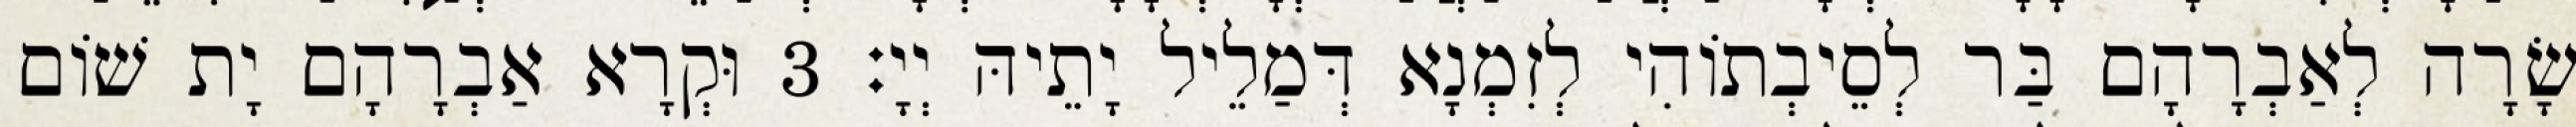
שָׂרָה לְאַבְרָהָם בַּר לְסֵיבְתוֹהִי לְזִמְנָא דְּמַלֵיל יָתֵיהּ יְיָ׃ 3 וּקְרָא אַבְרָהָם יָת שׁוֹם